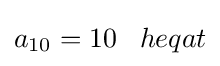
a_{10}=10\;\;\;heqat